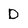
Character: D